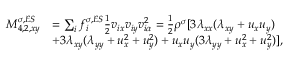
\begin{array} { r } { \begin{array} { r l } { M _ { 4 , 2 , x y } ^ { \sigma , E S } } & { = \sum _ { i } f _ { i } ^ { \sigma , E S } \frac { 1 } { 2 } v _ { i x } v _ { i y } v _ { i \alpha } ^ { 2 } = \frac { 1 } { 2 } \rho ^ { \sigma } [ 3 \lambda _ { x x } ( \lambda _ { x y } + u _ { x } u _ { y } ) } \\ & { + 3 \lambda _ { x y } ( \lambda _ { y y } + u _ { x } ^ { 2 } + u _ { y } ^ { 2 } ) + u _ { x } u _ { y } ( 3 \lambda _ { y y } + u _ { x } ^ { 2 } + u _ { y } ^ { 2 } ) ] , } \end{array} } \end{array}